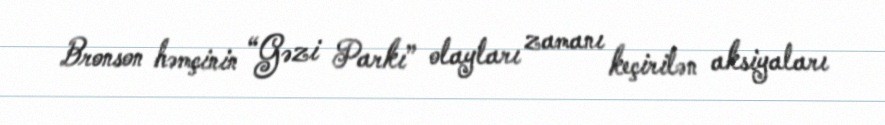
Bronson həmçinin “Gəzi Parkı” olayları zamanı keçirilən aksiyaları